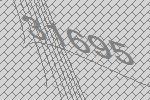
31695